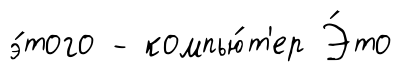
э́того - компью́т'ер Э́то